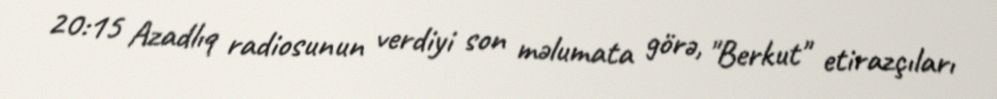
20:15 Azadlıq radiosunun verdiyi son məlumata görə, "Berkut" etirazçıları